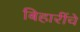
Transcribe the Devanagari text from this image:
बिहारींचे